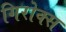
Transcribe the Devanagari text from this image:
गिरोक्स